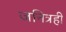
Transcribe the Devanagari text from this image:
जनित्रही